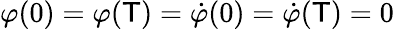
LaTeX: \varphi(0)=\varphi(\mathsf{T})=\dot{{\varphi}}(0)=\dot{{\varphi}}(\mathsf{T})=0